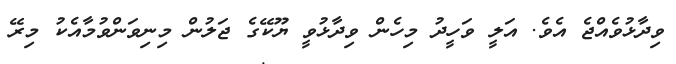
ވިދާޅުވެއްޖެ އެވެ. އަލީ ވަހީދު މިހެން ވިދާޅުވީ ޔޫކޭގެ ޖަލުން މިނިވަންވުމާއެކު މިރޭ